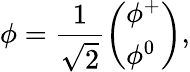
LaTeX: \phi={\frac{1}{\sqrt{2}}}{\left(\begin{array}{l}{\phi^{+}}\\ {\phi^{0}}\end{array}\right)},